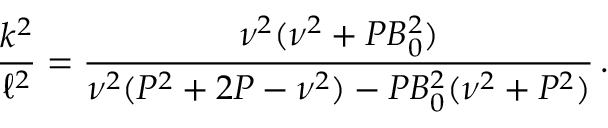
\frac { k ^ { 2 } } { \ell ^ { 2 } } = \frac { \nu ^ { 2 } ( \nu ^ { 2 } + P B _ { 0 } ^ { 2 } ) } { \nu ^ { 2 } ( P ^ { 2 } + 2 P - \nu ^ { 2 } ) - P B _ { 0 } ^ { 2 } ( \nu ^ { 2 } + P ^ { 2 } ) } \, .